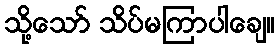
သို့သော် သိပ်မကြာပါချေ။